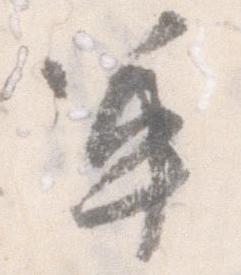
軍